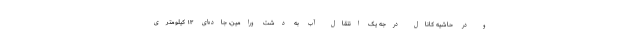
و در حاشیه کانال درجه یک انتقال آب به دشت ورامین، جاده‌ای ۱۳ کیلومتری